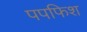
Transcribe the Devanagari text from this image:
पपफिश